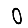
Digit: 0